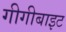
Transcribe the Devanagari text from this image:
गीगीबाइट